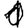
Digit: 1